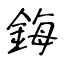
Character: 鋂